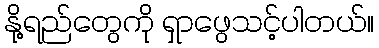
နို့ရည်တွေကို ရှာဖွေသင့်ပါတယ်။